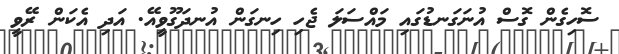
ސޮހިގެން ގޮސް އުނަގަނޑުގައި މައްސަލަ ޖެހި ހިނގަން އުނދަގޫވީއޭ. އަދި އެކަން ރޭވީ